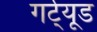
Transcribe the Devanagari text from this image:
गर्ट्‌यूड